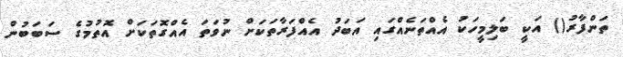
ތަންފާރު() އަކީ ބަލިމީހަކު އެއްތަނެއްގައި އަބަދު އެއްފަރާތަކަށް ނުވަތަ އެއްގޮތަކަށް އޮތުމުގެ ސަބަބުން